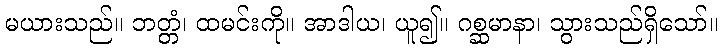
မယားသည်။ ဘတ္တံ၊ ထမင်းကို။ အာဒါယ၊ ယူ၍။ ဂစ္ဆမာနာ၊ သွားသည်ရှိသော်။